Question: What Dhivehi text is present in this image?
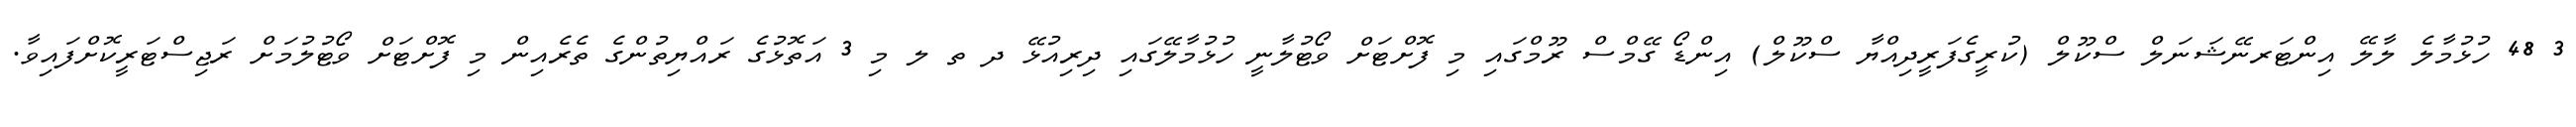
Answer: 3 48 ހުޅުމާލެ ލާލޭ އިންޓަރނޭޝަނަލް ސްކޫލް (ކުރީގެފަރީދިއްޔާ ސްކޫލް) އިންޑޯ ގޭމްސް ރޫމްގައި މި ފޮށްޓަށް ވޯޓުލާނީ ހުޅުމާލޭގައި ދިރިއުޅޭ ދ ތ ލ މި 3 އަތޮޅުގެ ރައްޔިތުންގެ ތެރެއިން މި ފޮށްޓަށް ވޯޓުލުމަށް ރަޖިސްޓަރީކޮށްފައިވާ.